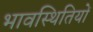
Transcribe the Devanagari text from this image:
भावस्थितियों